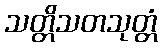
သတ္တိသတသုတ္တံ